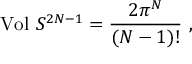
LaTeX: \mathrm { V o l } \ S ^ { 2 N - 1 } = \frac { 2 \pi ^ { N } } { ( N - 1 ) ! } \ ,